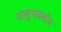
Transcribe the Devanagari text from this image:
अनुभवतोच